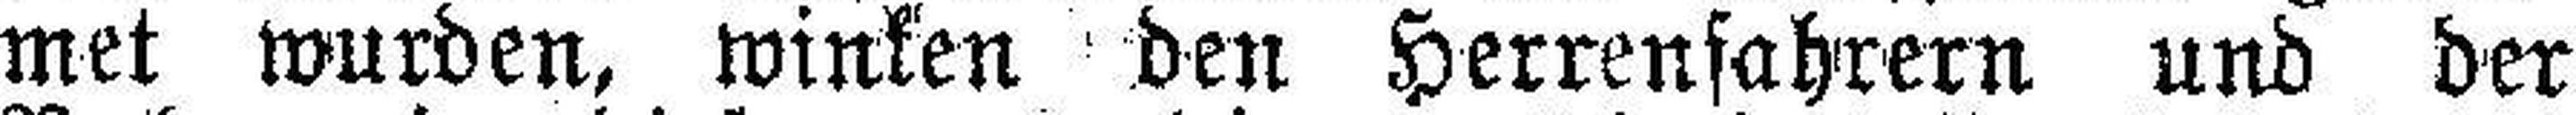
met wurden, winken den Herrenfahrern und der